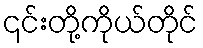
၎င်းတို့ကိုယ်တိုင်